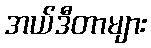
အယ်ဒီတာများ